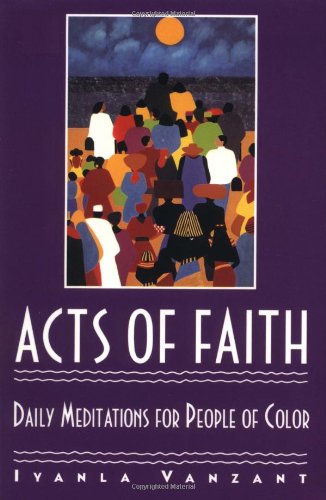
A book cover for Acts of Faith: Daily Meditations for People of Color; Iyanla Vanzant; Religion & Spirituality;